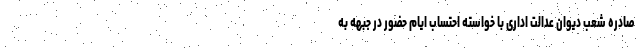
صادره شعب دیوان عدالت اداری با خواسته احتساب ایام حضور در جبهه به